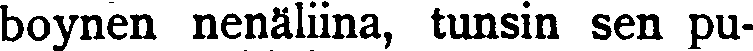
boynen nenäliina, tunsin sen pu-